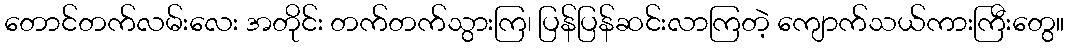
တောင်တက်လမ်းလေး အတိုင်း တက်တက်သွားကြ၊ ပြန်ပြန်ဆင်းလာကြတဲ့ ကျောက်သယ်ကားကြီးတွေ။